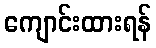
ကျောင်းထားရန်